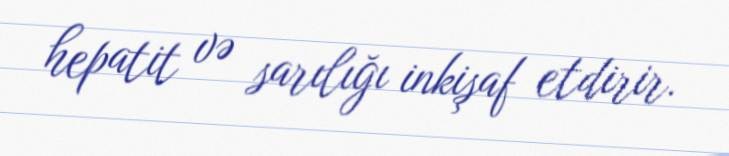
hepatit və sarılığı inkişaf etdirir.